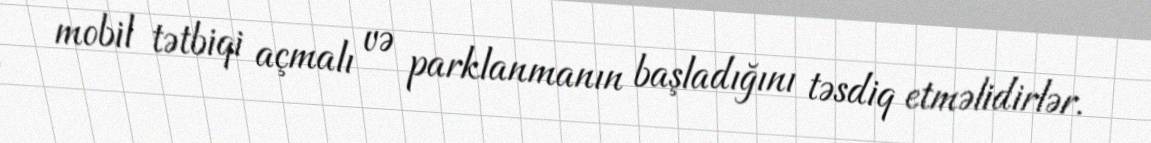
mobil tətbiqi açmalı və parklanmanın başladığını təsdiq etməlidirlər.